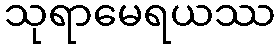
သုရာမေရယဿ